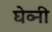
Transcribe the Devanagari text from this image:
घेव्नी